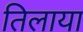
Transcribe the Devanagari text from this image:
तिलाया